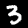
Digit: 3